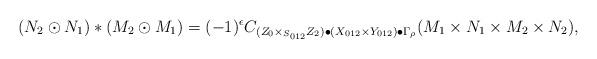
LaTeX: \begin{align*}(N_2 \odot N_1)*(M_2 \odot M_1)=(-1)^{\epsilon}C_{(Z_0 \times_{S_{012}} Z_2)\bullet (X_{012}\times Y_{012})\bullet \Gamma_\rho}(M_1 \times N_1 \times M_2 \times N_2),\end{align*}